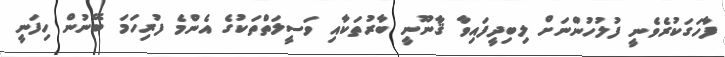
ފާހަގަކުރެވެނީ ފުލުހުންނަށް ލިބިދީފައިވާ ޤާނޫނީ ބާރުތަކާއި ވަސީލަތްތަކުގެ އެންމެ ފުރިހަމަ ބޭނުން ހިފަނީ